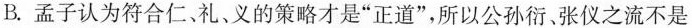
B.孟子认为符合仁、礼、义的策略才是”正道”，所以公孙衍张仪之流不是